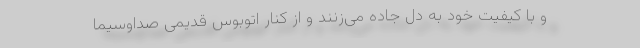
و با کیفیت خود به دل جاده می‌زنند و از کنار اتوبوس قدیمی صداوسیما